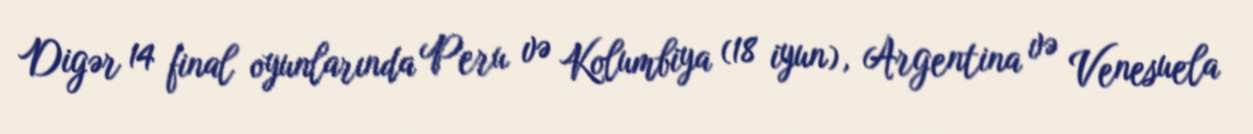
Digər 14 final oyunlarında Peru və Kolumbiya (18 iyun), Argentina və Venesuela